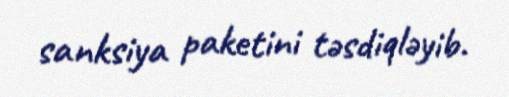
sanksiya paketini təsdiqləyib.